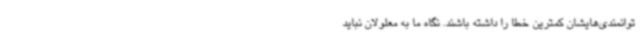
توانمندی‌هایشان کمترین خطا را داشته باشند. نگاه ما به معلولان نباید